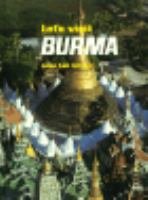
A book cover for Let's Visit Burma (Burke Books); Aung San Suu Kyi; Travel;